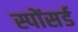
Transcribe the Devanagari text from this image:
स्पोंसर्ड